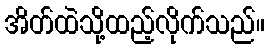
အိတ်ထဲသို့ထည့်လိုက်သည်။